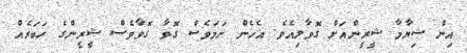
އިން ޝިޔާމާ ޝީރީންއަށް ގޮވާލިއެވެ. އެހެން ނަމަވެސް ގޮވާ ގޮވާވެސް ޝީރީންގެ ހަބަރެއް